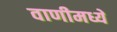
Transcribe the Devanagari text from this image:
वाणीमध्ये